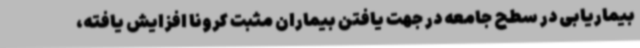
بیماریابی در سطح جامعه در جهت یافتن بیماران مثبت کرونا افزایش یافته،